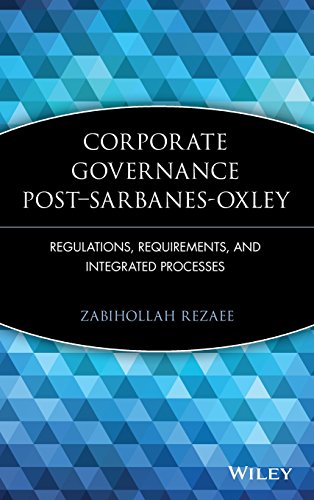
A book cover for Corporate Governance Post-Sarbanes-Oxley: Regulations, Requirements, and Integrated Processes; Zabihollah Rezaee; Business & Money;